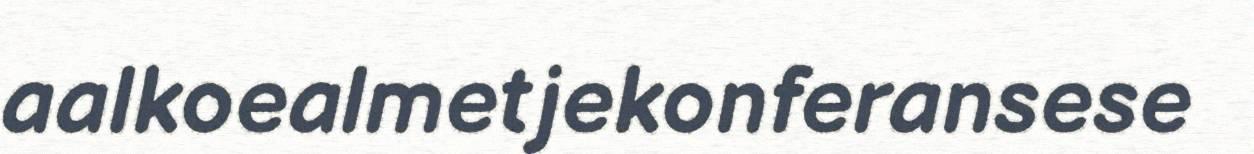
aalkoealmetjekonferansese